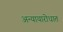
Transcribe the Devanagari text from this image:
अन्यायारोधात